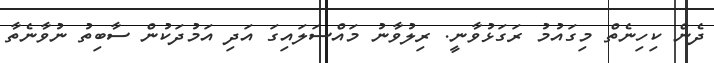
ދެން ކިހިނެތް މިގައުމު ރަގަޅުވާނީ. ރިލުވާނު މައްސަލައިގަ އަދި އަމުދަކުން ސާބިތު ނުވާނެތާ